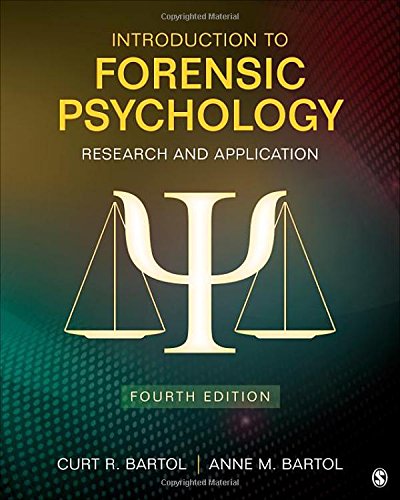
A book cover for Introduction to Forensic Psychology: Research and Application; Curtis R. Bartol; Medical Books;